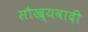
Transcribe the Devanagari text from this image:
सौख्यवादी